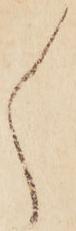
ゝ